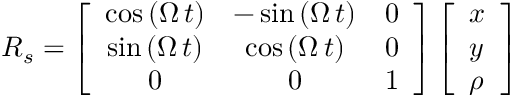
\begin{array} { r l } & { \boldsymbol R _ { s } = \left[ \begin{array} { c c c } { \cos \left( \Omega \, t \right) } & { - \sin \left( \Omega \, t \right) } & { 0 } \\ { \sin \left( \Omega \, t \right) } & { \cos \left( \Omega \, t \right) } & { 0 } \\ { 0 } & { 0 } & { 1 } \end{array} \right] \left[ \begin{array} { l } { x } \\ { y } \\ { \rho } \end{array} \right] } \end{array}